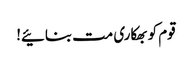
قوم کو بھکاری مت بنائیے!